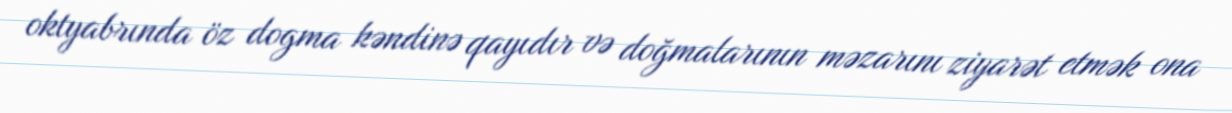
oktyabrında öz dogma kəndinə qayıdır və doğmalarının məzarını ziyarət etmək ona